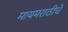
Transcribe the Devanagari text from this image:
मायमराठीचे